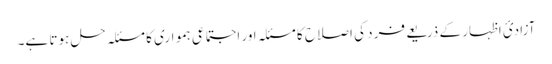
آزادئ اظہار کے ذریعے فرد کی اصلاح کا مسئلہ اور اجتماعی ہمواری کا مسئلہ حل ہوتا ہے۔